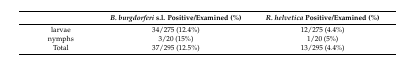
<table><thead><tr><td></td><td><b><i>B. burgdorferi</i> s.l. Positive/Examined (%)</b></td><td><b><i>R. helvetica</i> Positive/Examined (%)</b></td></tr></thead><tbody><tr><td>larvae</td><td>34/275 (12.4%)</td><td>12/275 (4.4%)</td></tr><tr><td>nymphs</td><td>3/20 (15%)</td><td>1/20 (5%)</td></tr><tr><td>Total</td><td>37/295 (12.5%)</td><td>13/295 (4.4%)</td></tr></tbody></table>